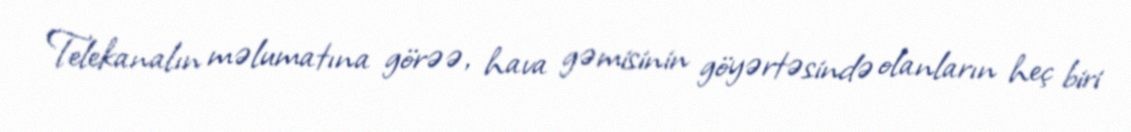
Telekanalın məlumatına görəə, hava gəmisinin göyərtəsində olanların heç biri